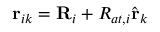
\mathbf { r } _ { i k } = \mathbf { R } _ { i } + R _ { a t , i } \hat { \mathbf { r } } _ { k }